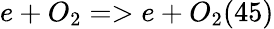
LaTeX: e+O_{2}=>e+O_{2}(45)